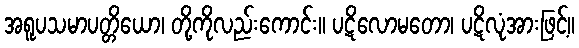
အရူပသမာပတ္တိယော၊ တို့ကိုလည်းကောင်း။ ပဋိလောမတော၊ ပဋိလုံအားဖြင့်။